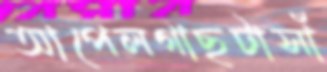
আপেলগাছটাসাঁ